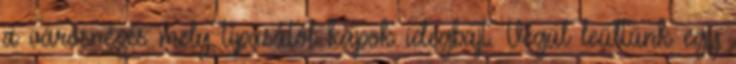
a városnézés mely típusától kapok idegbajt. Végül leültünk egy